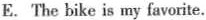
E. The bike is my favorite.